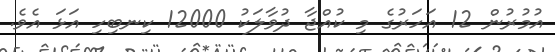
އުމުރުން 12 އަހަރުގެ މި ކުއްޖާ ދުވާލަކު 12000 ކިނބިހި އަޅަ އެވެ.